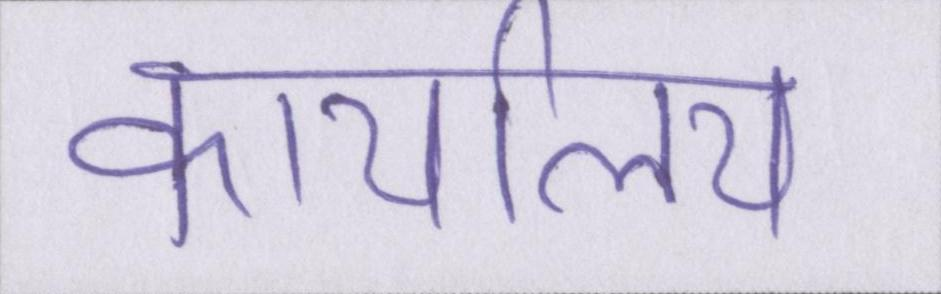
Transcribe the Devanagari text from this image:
कार्यालय